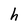
Character: h